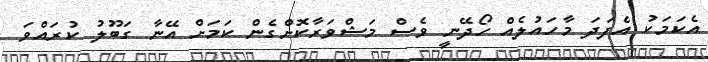
އެކަމަކު އެފަދަ މާހައުލެއް ހޯދޭނީ ވެސް މަޝްވަރާކޮށްގެން ކަމަށް އޭނާ ގަބޫލު ކުރައްވަ